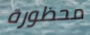
محظورة